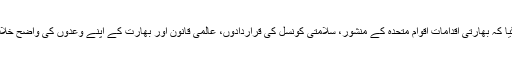
خط میں کہا گیا کہ بھارتی اقدامات اقوام متحدہ کے منشور، سلامتی کونسل کی قراردادوں، عالمی قانون اور بھارت کے اپنے وعدوں کی واضح خلاف ورزی ہیں۔